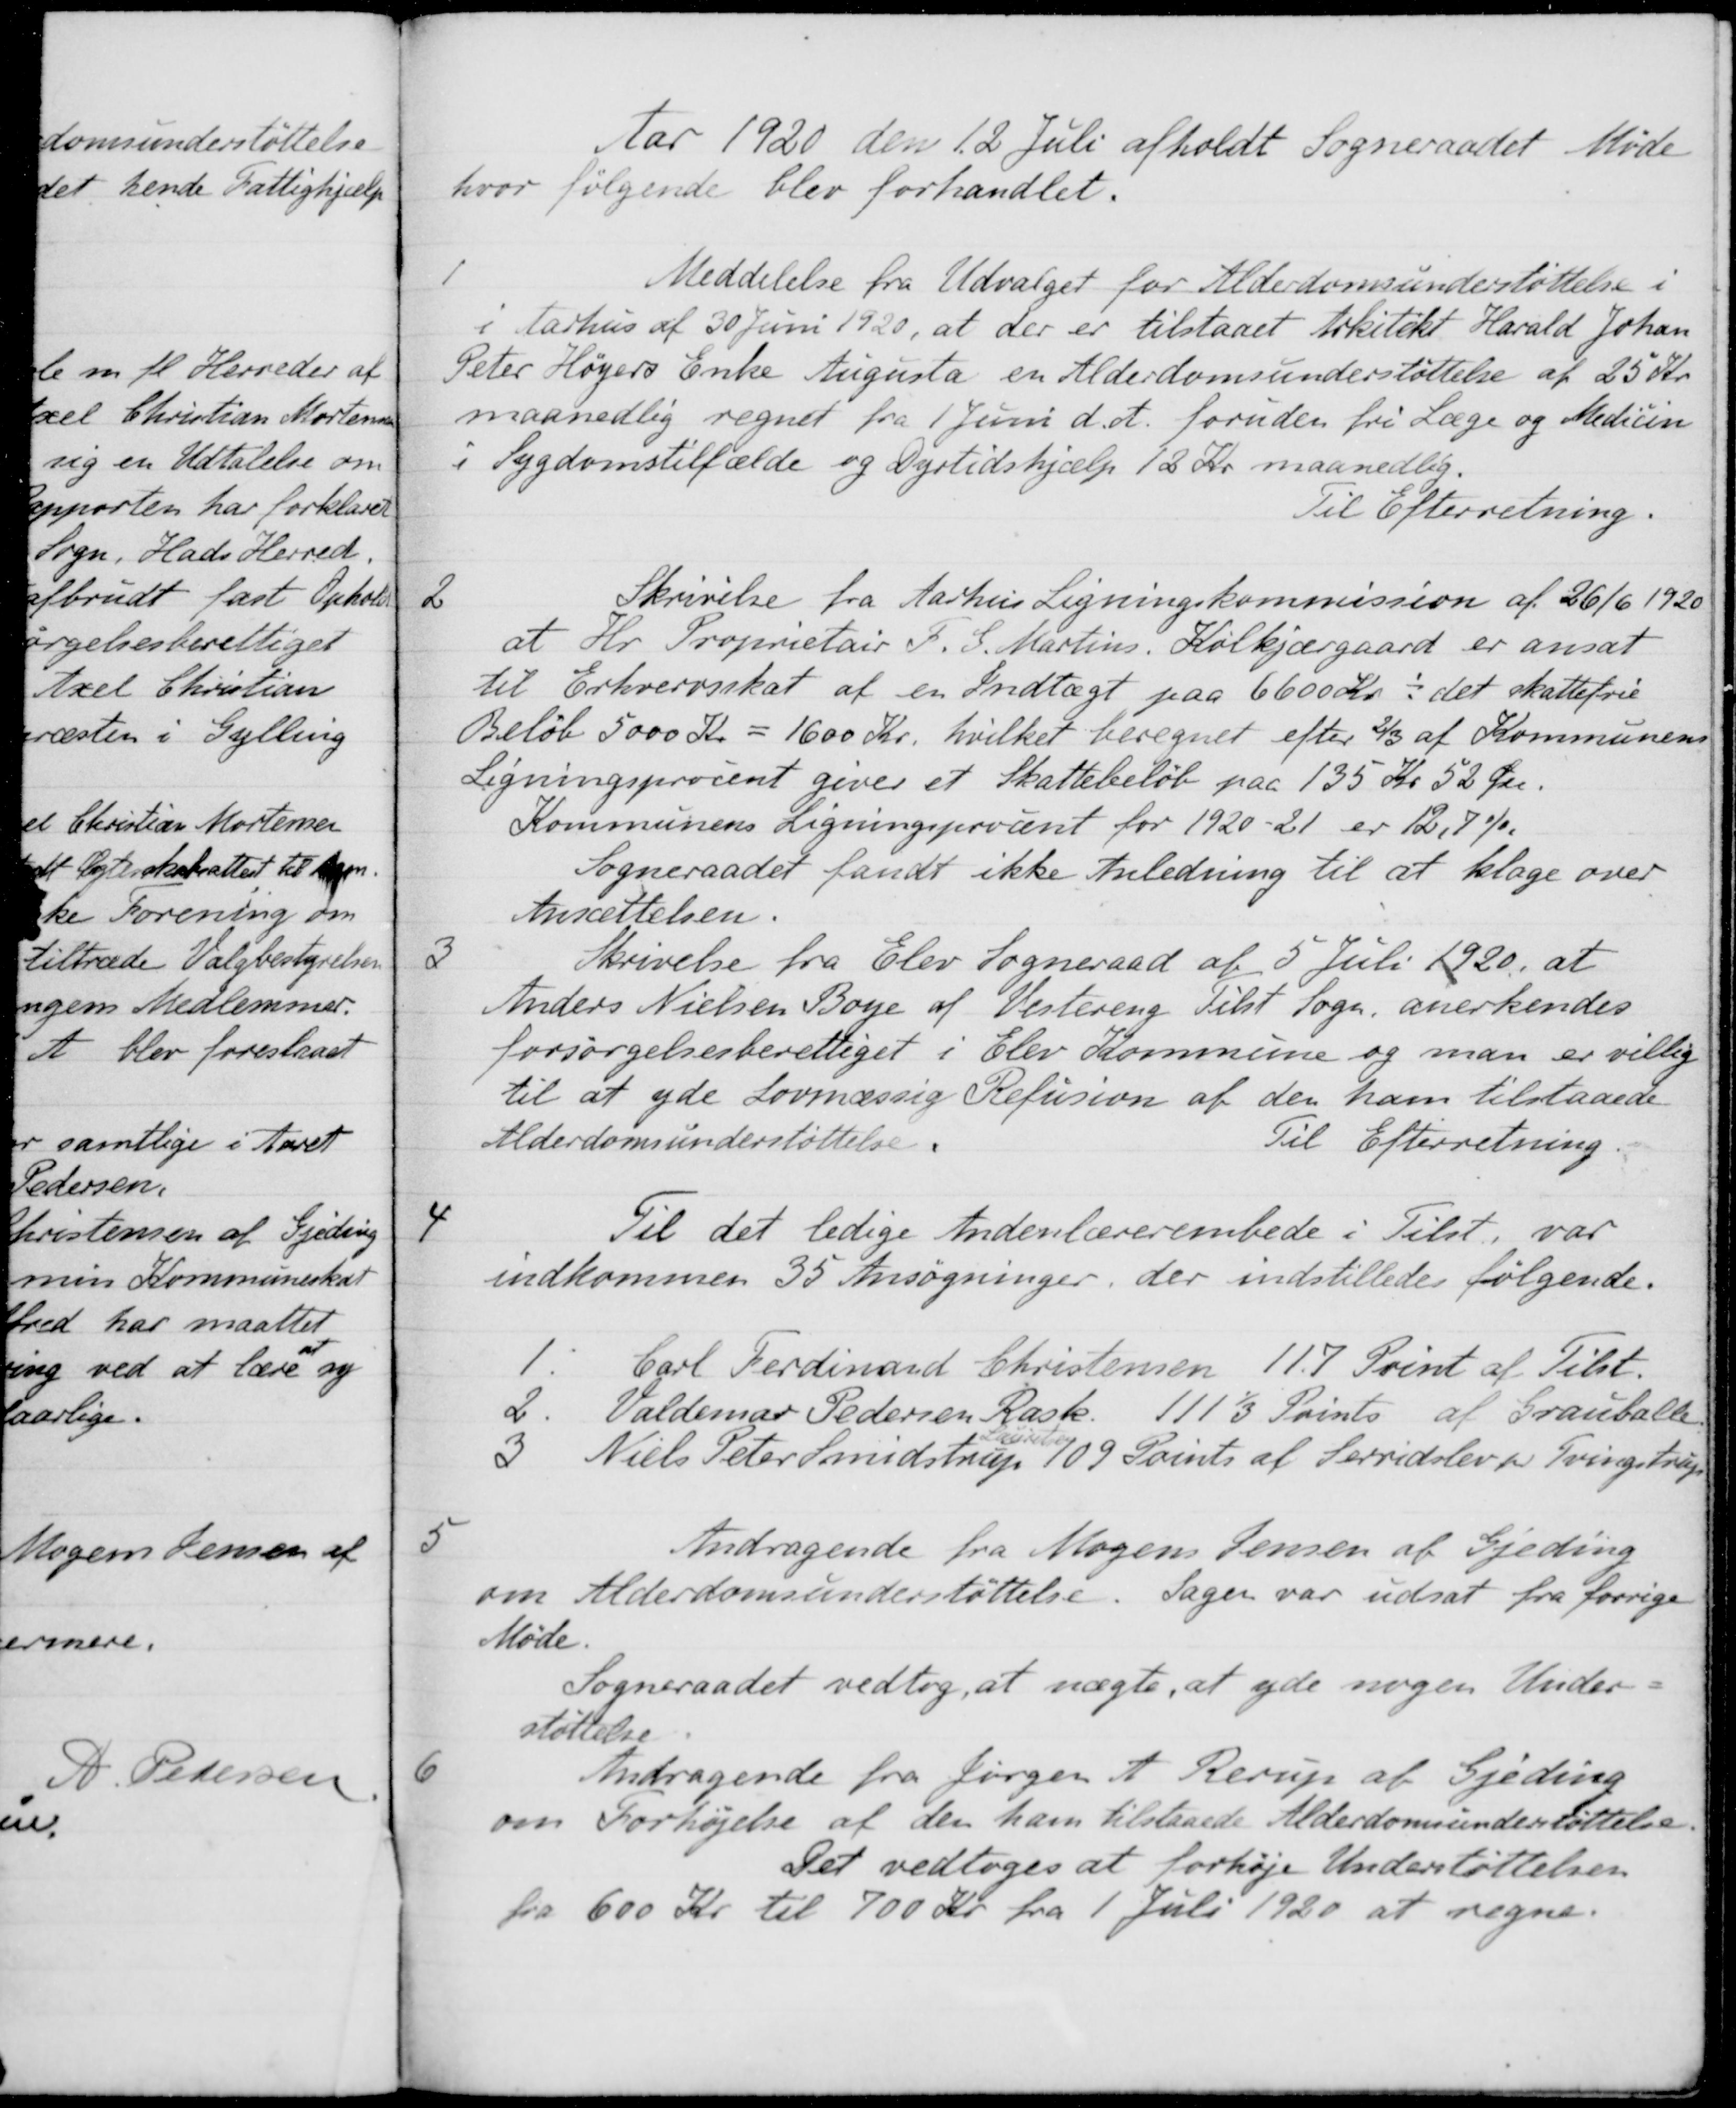
Transskription:
Aar 1920 den 12 Juli afholdt Sogneraadet Møde
hvor følgende blev forhandlet.
1
Meddelelse fra Udvalget for Alderdomsunderstøttelse i
i Aarhus af 30 Juni 1920, at der er tilstaaet Arkitekt Harald Johan
Peter Høyers Enke Augusta en Alderdomsunderstøttelse af 25 Kr.
maanedlig regnet fra 1 Juni d. A. foruden fri Læge og Medicin
i Sygdomstilfælde og Dyrtidshjælp 12 Kr maanedlig.
Til Efterretning.
2
Skrivelse fra Aarhus Ligningskommission af 26/6 1920
at Hr. Proprietair F. G. Martins, Kolkjærgaard er ansat
til Erhvervsskat af en Indtægt paa 6600 Kr. -det skattefrie
Beløb 5000 Kr = 1600 Kr. hvilket beregnet efter 2/3 af Kommunens
Ligningsprocent giver et Skattebeløb paa 135 Kr 52 Øre.
Kommunens Ligningsprocent for 1920-21 er 12,7%.
Sogneraadet fandt ikke Anledning til at klage over
Ansættelsen.
3
Skrivelse fra Elev Sogneraad af 5 Juli 1920, at
Anders Nielsen Boye af Vestereng tilst Sogn, anerkendes
forsørgelsesberettiget i Elev Kommune og man er villig
til at yde Lovmæssig Refusion af den ham tilstaaede
Alderdomsunderstøttelse.
Til Efterretning.
4
Til det ledige Indenlærerembede i Tilst, var
indkommen 35 Ansøgninger, der indstilledes følgende.
1. Carl Ferdinand Christensen 11.7 Point af Tilst.
2. Valdemar Pedersen Rask. 11 1/3 Points af Grauballe
3 Niels Peter Smidstrup 
Lauritsen
109 Points af Serridslev pr. Tvingstrup
5
Andragende fra Mogens Jensen af Gjeding
om Alderdomsunderstøttelse. Sager var udsat fra forrige
Møde.
Sogneraadet vedtog at nægte, at yde nogen Under-
støttelse
6
Andragende fra Jørgen A Rerup af Gjeding
om Forhøjelse af den ham tilstaaede Alderdomsunderstøttelse.
Det vedtoges at forhøje Understøttelsen
fra 600 Kr til 700 Kr. fra 1 Juli 1920 at regne.